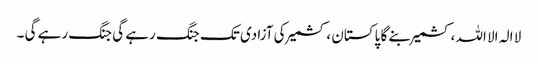
لا الہ الا اللہ ،کشمیر بنے گا پاکستان ، کشمیر کی آزادی تک جنگ رہے گی جنگ رہے گی ۔